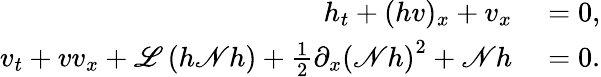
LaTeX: \begin{array}{rl}{h_{t}+(hv)_{x}+v_{x}}&{{}=0,}\\ {v_{t}+vv_{x}+\mathscr{L}\left(h\mathscr{N}h\right)+\frac{1}{2}\partial_{x}\left(\mathscr{N}h\right)^{2}+\mathscr{N}h}&{{}=0.}\end{array}